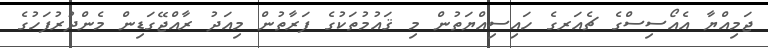
ޖަމިއްޔާ އެއޯސިސްގެ ޗެއަރގެ ހައިސިއްޔަތުން މި ޤައުމުތަކުގެ ފަރާތުން މިއަދު ރާއްޖޭގަޑިން މެންދުރުފަހުގެ